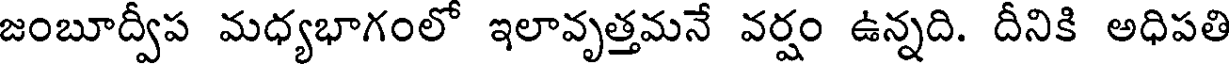
జంబూద్వీప మధ్యభాగంలో ఇలావృత్తమనే వర్షం ఉన్నది. దీనికి అధిపతి